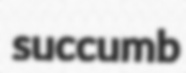
succumb